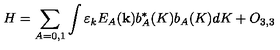
H = \sum _ { A = 0 , 1 } ^ { { } } \int \varepsilon _ { k } E _ { A } ( { \bf k } ) b _ { A } ^ { \ast } ( K ) b _ { A } ( K ) d K + O _ { 3 , 3 }